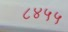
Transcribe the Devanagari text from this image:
८४५५